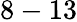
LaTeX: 8-13